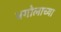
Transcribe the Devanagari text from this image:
भगोलाच्या